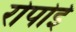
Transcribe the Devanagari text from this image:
रोपोई